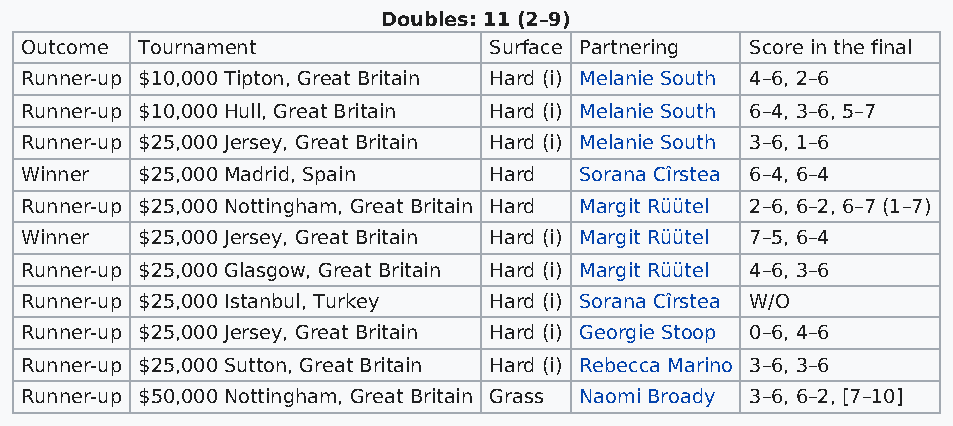
Doubles: 11 (2–9)
 Outcome Tournament             Surface Partnering Score in the final
 Runner-up $10,000 Tipton, Great Britain Hard (i) Melanie South 4–6, 2–6
 Runner-up $10,000 Hull, Great Britain Hard (i) Melanie South 6–4, 3–6, 5–7
 Runner-up $25,000 Jersey, Great Britain Hard (i) Melanie South 3–6, 1–6
 Winner  $25,000 Madrid, Spain  Hard  Sorana Cîrstea 6–4, 6–4
 Runner-up $25,000 Nottingham, Great Britain Hard Margit Rüütel 2–6, 6–2, 6–7 (1–7)
 Winner  $25,000 Jersey, Great Britain Hard (i) Margit Rüütel 7–5, 6–4
 Runner-up $25,000 Glasgow, Great Britain Hard (i) Margit Rüütel 4–6, 3–6
 Runner-up $25,000 Istanbul, Turkey Hard (i) Sorana Cîrstea W/O
 Runner-up $25,000 Jersey, Great Britain Hard (i) Georgie Stoop 0–6, 4–6
 Runner-up $25,000 Sutton, Great Britain Hard (i) Rebecca Marino 3–6, 3–6
 Runner-up $50,000 Nottingham, Great Britain Grass Naomi Broady 3–6, 6–2, [7–10]